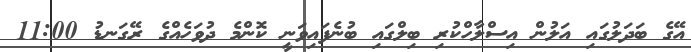
އޭގެ ބަދަލުގައި އަލުން އިސްލާހްކުރި ބިލްގައި ބުނެފައިވަނީ ކޮންމެ ދުވަހެއްގެ ރޭގަނޑު 11:00